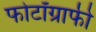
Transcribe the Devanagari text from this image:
फोटॉग्राफी